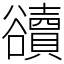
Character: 豄